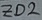
Text: ZD2